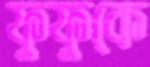
ফুফুকে